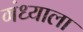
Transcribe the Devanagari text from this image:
गंध्याला